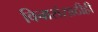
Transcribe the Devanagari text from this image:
विचारांसाठीही